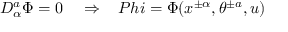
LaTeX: D _ { \alpha } ^ { a } \Phi = 0 \ \ \ \Rightarrow \ \ \, P h i = \Phi ( x ^ { \pm \alpha } , \theta ^ { \pm a } , u )